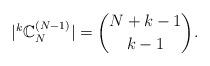
LaTeX: \begin{align*}|^k\mathbb{C}_N^{(N-1)}|=\binom{N+k-1}{k-1}.\end{align*}